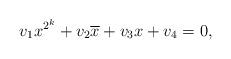
LaTeX: \begin{align*} v_{1}x^{2^k}+v_{2}\overline{x}+v_{3}x+v_{4} = 0,\end{align*}